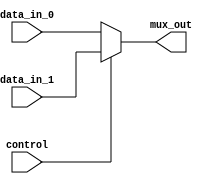
module mux_2to1 (
    input wire data_in_0,
    input wire data_in_1,
    input wire control,
    output reg mux_out
);

always @ (data_in_0, data_in_1, control)
begin
    if (control == 1'b0)
        mux_out = data_in_0;
    else
        mux_out = data_in_1;
end

endmodule